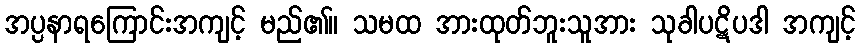
အပ္ပနာရကြောင်းအကျင့် မည်၏။ သမထ အားထုတ်ဘူးသူအား သုခါပဋိပဒါ အကျင့်